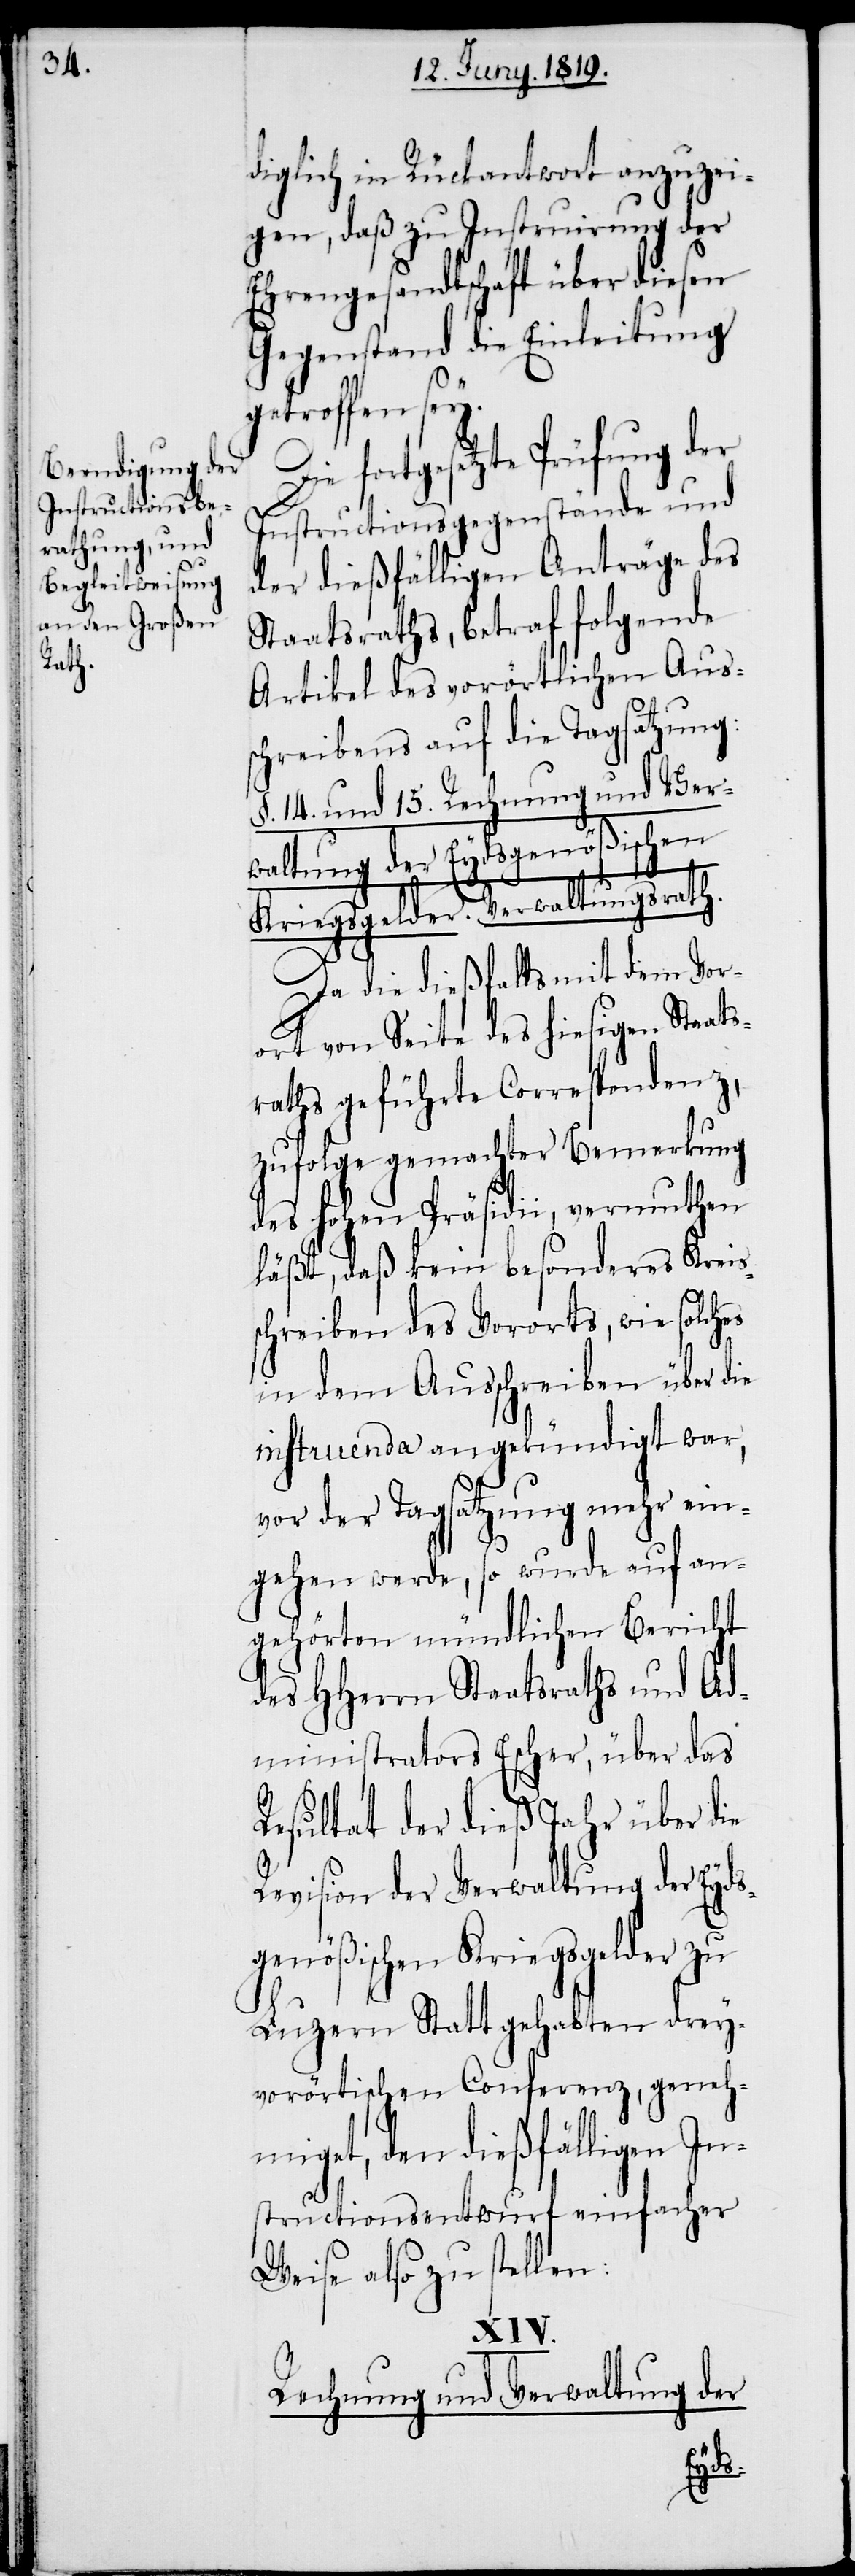
diglich in Rückantwort anzuzei¬
gen, daß zu Instruirung der
Ehrengesandtschaft über diesen
Gegenstand die Einleitung
roffen sey.
Die fortgesetzte Prüfung der
Instructionsgegenstände und
der dießfälligen Anträge des
Staatsraths, betraf folgende
Artikel des vorörtlichen Aus¬
schreibens auf die Tagsatzung:
§. 14. und 15. Rechnung und Ver¬
waltung der Eydsgenößischen
Kriegsgelder. Verwaltungsrath.
Da die dießfalls mit dem Vor¬
ort von Seite des hiesigen Staat¬
raths geführte Correspondenz,
zufolge gemachter Bemerkung
des hohen Präsidii, vermuthen
läßt, daß kein besonderes Kreis¬
schreiben des Vororts, wie solches
in dem Ausschreiben über die
instruenda angekündigt war,
vor der Tagsatzung mehr ein¬
gehen werde, so wurde auf an¬
gehörten mündlichen Bericht
des HHerrn Staatsraths und Ad¬
ministrators Escher, über das
Resultat der dieß Jahr über die
Revision der Verwaltung der Eyds¬
genößischen Kriegsgelder zu
Luzern Statt gehabten drey¬
vorörtischen Conferenz, geneh¬
miget, den dießfälligen In¬
strucitonsentwurf einfacher
Weise also zu stellen:
der
Rechnung und Verwaltung
s¬